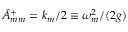
{ \hat { A } } _ { m m } ^ { + } = k _ { m } / 2 \equiv \omega _ { m } ^ { 2 } / ( 2 g )